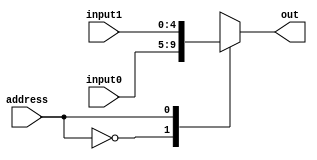
// 2 to 1x5 mux
module mux2to1by5
(
output [4:0] out,
input         address,
input  [4:0] input0, input1
);

  wire [4:0] mux [1:0];
  assign mux[0] = input0;
  assign mux[1] = input1;

  assign out = mux[address];
endmodule